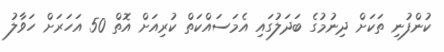
ކުންފުނި ތަކަށް ދިނުމުގެ ބަދަލުގައި އެމަސައްކަތް ކުރިއަށް އޮތް 50 އަހަރަށް ހަވާލު